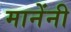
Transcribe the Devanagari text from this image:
मानेंनी